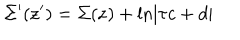
LaTeX: \Sigma ^ { \prime } ( { \bf z ^ { \prime } } ) = \Sigma ( { \bf z } ) + \ln \left| \tau c + d \right|